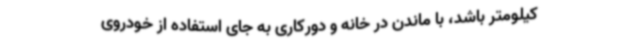
کیلومتر باشد، با ماندن در خانه و دورکاری به جای استفاده از خودروی